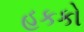
હકકો